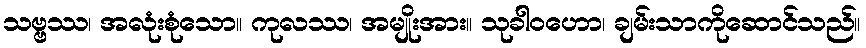
သဗ္ဗဿ၊ အလုံးစုံသော။ ကုလဿ၊ အမျိုးအား။ သုခါဝဟော၊ ချမ်းသာကိုဆောင်သည်။